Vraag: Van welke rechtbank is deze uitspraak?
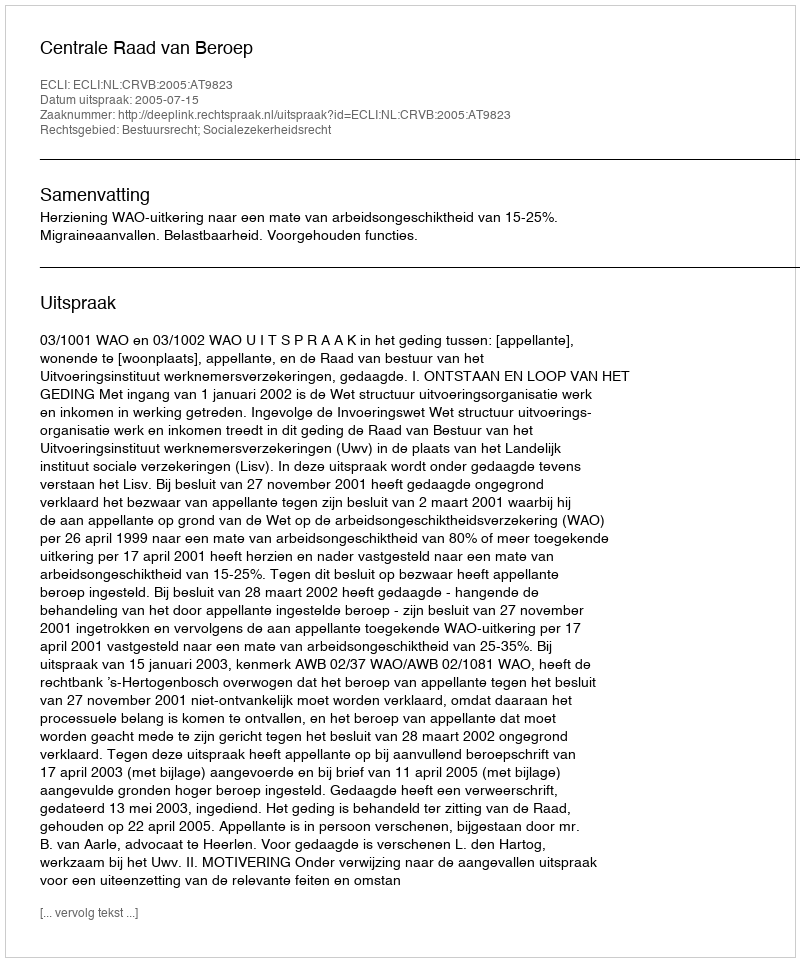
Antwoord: Centrale Raad van Beroep